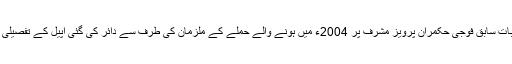
سپریم کورٹ نے یہ بات سابق فوجی حکمران پرویز مشرف پر 2004ء میں ہونے والے حملے کے ملزمان کی طرف سے دائر کی گئی اپیل کے تفصیلی فیصلے میں کہی ہے۔